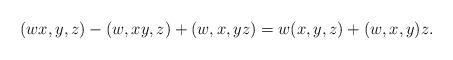
LaTeX: \begin{align*} (wx,y,z)-(w,xy,z)+(w,x,yz)=w(x,y,z)+(w,x,y)z. \end{align*}